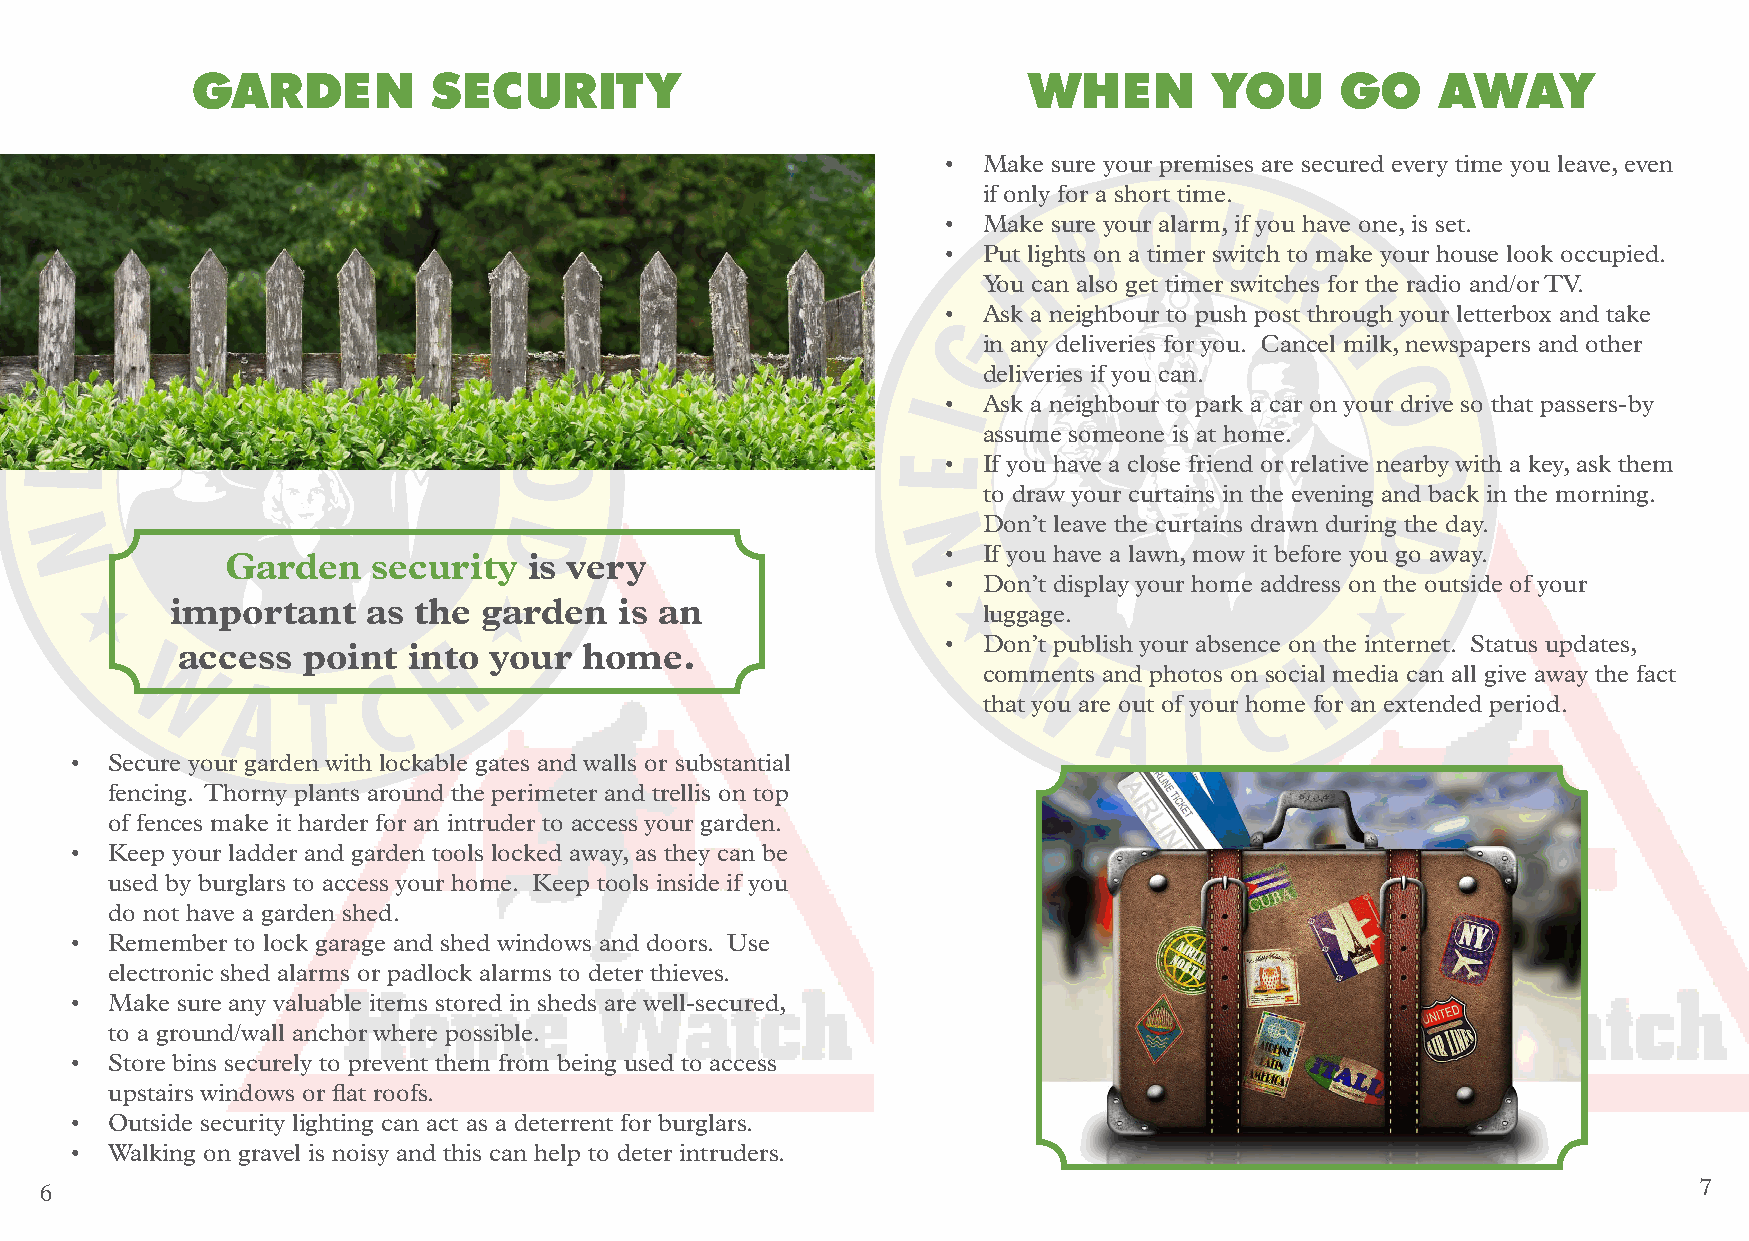
GARDEN          SECURITY                               WHEN        YOU      GO    AWAY
 • Make sure your premises are secured every time you leave, even
 if only for a short time.
 • Make sure your alarm, if you have one, is set.
 • Put lights on a timer switch to make your house look occupied.
 You can also get timer switches for the radio and/or TV.
 • Ask a neighbour to push post through your letterbox and take
 in any deliveries for you. Cancel milk, newspapers and other
 deliveries if you can.
 • Ask a neighbour to park a car on your drive so that passers-by
 assume someone is at home.
 • If you have a close friend or relative nearby with a key, ask them
 to draw your curtains in the evening and back in the morning.
 Don’t leave the curtains drawn during the day.
 • If you have a lawn, mow it before you go away.
 Garden    security  is very
 • Don’t display your home address on the outside of your
 important    as the  garden   is an
 luggage.
 • Don’t publish your absence on the internet. Status updates,
 access  point  into your   home.
 comments and photos on social media can all give away the fact
 that you are out of your home for an extended period.
 • Secure your garden with lockable gates and walls or substantial
 fencing. Thorny plants around the perimeter and trellis on top
 of fences make it harder for an intruder to access your garden.
 • Keep your ladder and garden tools locked away, as they can be
 used by burglars to access your home. Keep tools inside if you
 do not have a garden shed.
 • Remember to lock garage and shed windows and doors. Use
 electronic shed alarms or padlock alarms to deter thieves.
 • Make sure any valuable items stored in sheds are well-secured,
 to a ground/wall anchor where possible.
 • Store bins securely to prevent them from being used to access
 upstairs windows or flat roofs.
 • Outside security lighting can act as a deterrent for burglars.
 • Walking on gravel is noisy and this can help to deter intruders.
 6                                                                                                            7